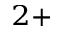
^ { 2 + }